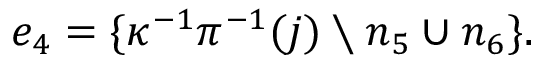
e _ { 4 } = \{ \kappa ^ { - 1 } \pi ^ { - 1 } ( j ) \setminus n _ { 5 } \cup n _ { 6 } \} .